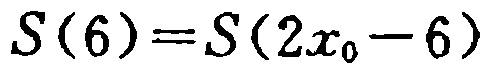
\(S(6)=S(2x_{0}-6)\)